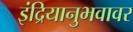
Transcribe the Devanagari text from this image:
इंद्रियानुभवावर